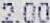
2.00